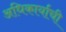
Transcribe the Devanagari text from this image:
अधिकार्याची